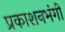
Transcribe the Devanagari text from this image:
प्रकाशनभंगी